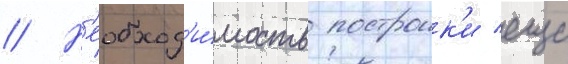
// Н'еобход'и́мость построик'и еще